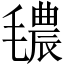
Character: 𱥧